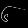
Digit: ၆